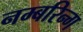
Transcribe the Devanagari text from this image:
नम्बरिन्ग